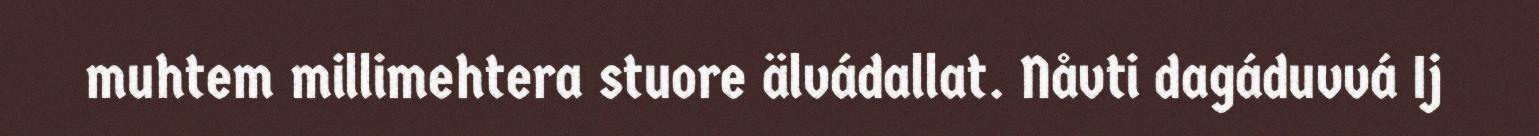
muhtem millimehtera stuore älvádallat. Nåvti dagáduvvá Ij